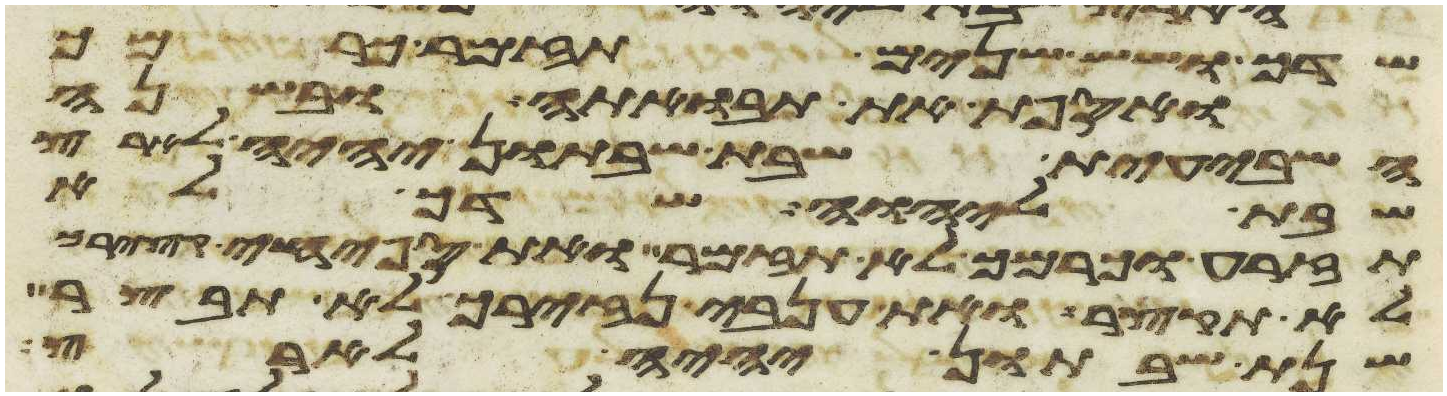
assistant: שדך ושש שנים תזמר כרמך
ואספת את תבואתה ובשנה
השביעית שבת שבתון יהיה לארץ
שבת ליהוה שדך לא
תזרע וכרמך לא תזמר ואת ספחי קציריך
לא תקצר ואת ענבי נזיריך לא תבצר
שנת שבתון יהיה לארץ